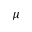
\mu